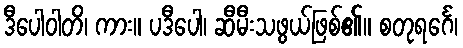
ဒီပေါဝါတိ၊ ကား။ ပဒီပေါ၊ ဆီမီးသဖွယ်ဖြစ်၏။ စတုရင်္ဂေ၊